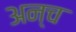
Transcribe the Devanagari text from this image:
अन्च